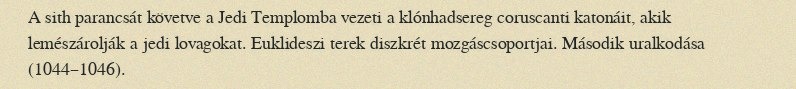
A sith parancsát követve a Jedi Templomba vezeti a klónhadsereg coruscanti katonáit, akik lemészárolják a jedi lovagokat. Euklideszi terek diszkrét mozgáscsoportjai. Második uralkodása (1044–1046).